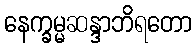
နေက္ခမ္မဆန္ဒာဘိရတော